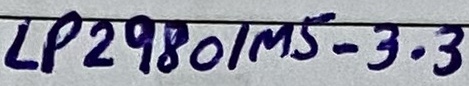
Text: LP2980/MS-3.3